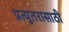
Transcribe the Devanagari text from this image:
प्रत्युतरासाठी